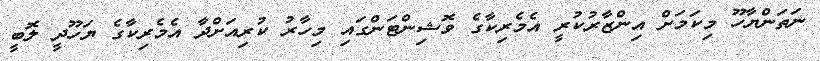
ނަތަންޔާހޫ މިކަމަށް އިންޒާރުކުރީ އެމެރިކާގެ ވޮޝިންޓަންގައި މިހާރު ކުރިއަށްދާ އެމެރިކާގެ ޔަހޫދީ ލޮބީ